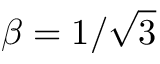
\beta = 1 / \sqrt { 3 }